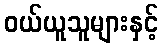
ဝယ်ယူသူများနှင့်